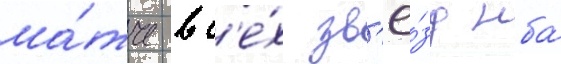
ма́тче вс'е́х зв'ё́зд нба́